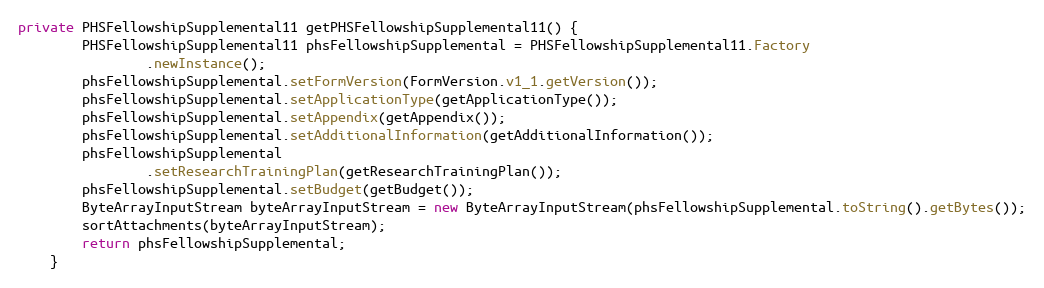
Language: Java
private PHSFellowshipSupplemental11 getPHSFellowshipSupplemental11() {
		PHSFellowshipSupplemental11 phsFellowshipSupplemental = PHSFellowshipSupplemental11.Factory
				.newInstance();
		phsFellowshipSupplemental.setFormVersion(FormVersion.v1_1.getVersion());
		phsFellowshipSupplemental.setApplicationType(getApplicationType());
		phsFellowshipSupplemental.setAppendix(getAppendix());
		phsFellowshipSupplemental.setAdditionalInformation(getAdditionalInformation());
		phsFellowshipSupplemental
				.setResearchTrainingPlan(getResearchTrainingPlan());
		phsFellowshipSupplemental.setBudget(getBudget());
		ByteArrayInputStream byteArrayInputStream = new ByteArrayInputStream(phsFellowshipSupplemental.toString().getBytes());
        sortAttachments(byteArrayInputStream);
		return phsFellowshipSupplemental;
	}